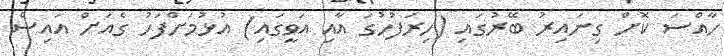
ހާއްސަ ކޮށް ގިނައިރު ބޭރުގައި (ހިރަފުހުގަ އާއި އަވީގައި) އުޅުމަށްފަހު ގެއަށް އައިސް